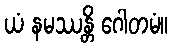
ယံ နမဿန္တိ ဂေါတမံ။